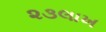
૨૩લાખ